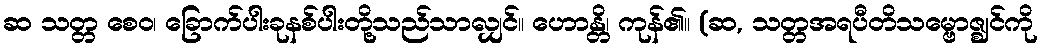
ဆ သတ္တ စေဝ၊ ခြောက်ပါးခုနစ်ပါးတို့သည်သာလျှင်။ ဟောန္တိ၊ ကုန်၏။ (ဆ, သတ္တအရပီတိသမ္ဗောဇ္ဈင်ကို